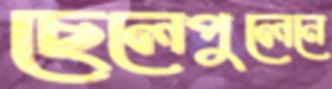
ছেলেপুলেনে